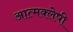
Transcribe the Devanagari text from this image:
आत्मक्लेषी